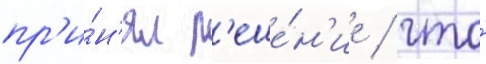
пр'и́н'ял р'еше́н'ие / что́